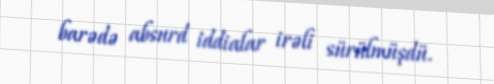
barədə absurd iddialar irəli sürülmüşdü.